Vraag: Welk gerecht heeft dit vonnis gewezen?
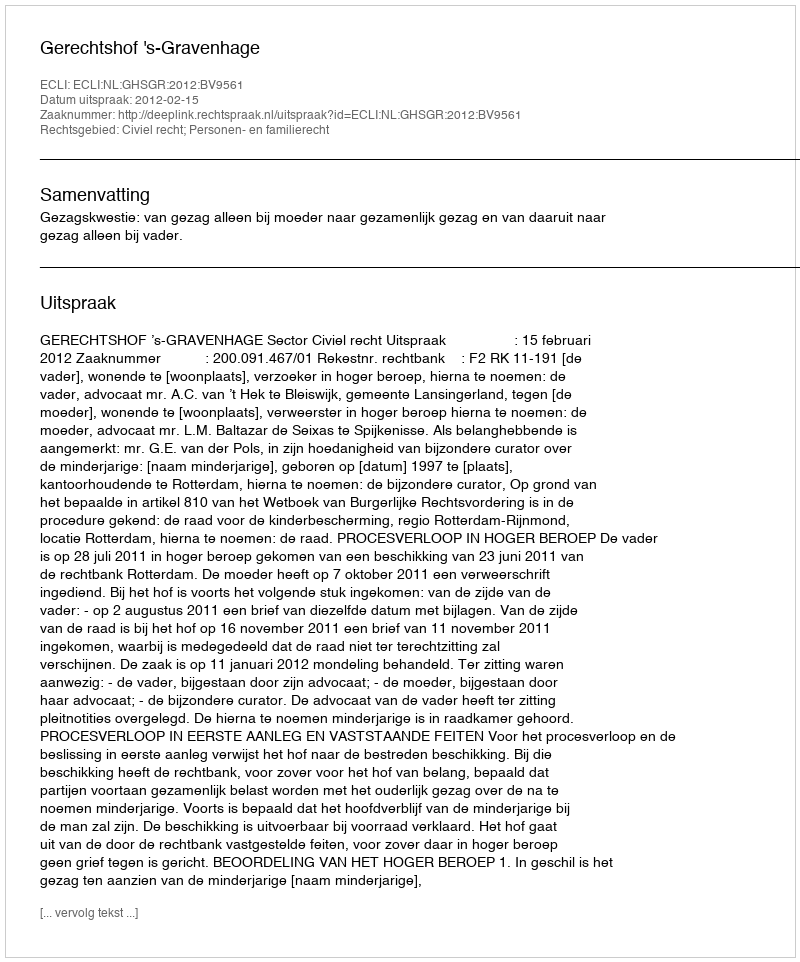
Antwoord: Gerechtshof 's-Gravenhage